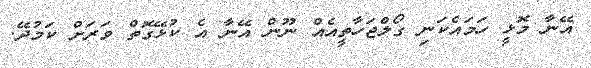
އޭނާ މޮޅީ ހަމައެކަނި ގޯލްޖަހާތީއެއް ނޫން އޭނާ އެ ކުޅޭގޮތް ވަރަށް ކަމުދޭ.